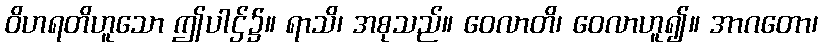
ဝိဟရတိဟူသော ဤပါဌ်၌။ ရာသိ၊ အစုသည်။ ဝေလာတိ၊ ဝေလာဟူ၍။ အာဂတော၊